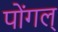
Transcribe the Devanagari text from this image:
पोंगल्